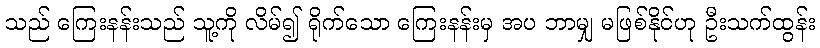
သည် ကြေးနန်းသည် သူ့ကို လိမ်၍ ရိုက်သော ကြေးနန်းမှ အပ ဘာမျှ မဖြစ်နိုင်ဟု ဦးသက်ထွန်း